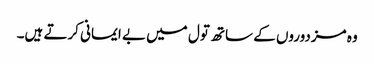
وہ مزدوروں کے ساتھ تول میں بے ایمانی کرتے ہیں۔